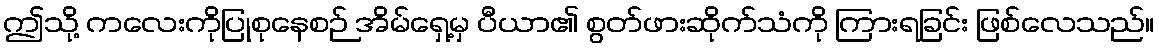
ဤသို့ ကလေးကိုပြုစုနေစဉ် အိမ်ရှေ့မှ ပီယာ၏ စွတ်ဖားဆိုက်သံကို ကြားရခြင်း ဖြစ်လေသည်။